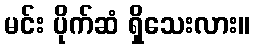
မင်း ပိုက်ဆံ ရှိသေးလား။